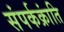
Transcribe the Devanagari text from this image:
संपर्कक्रांति